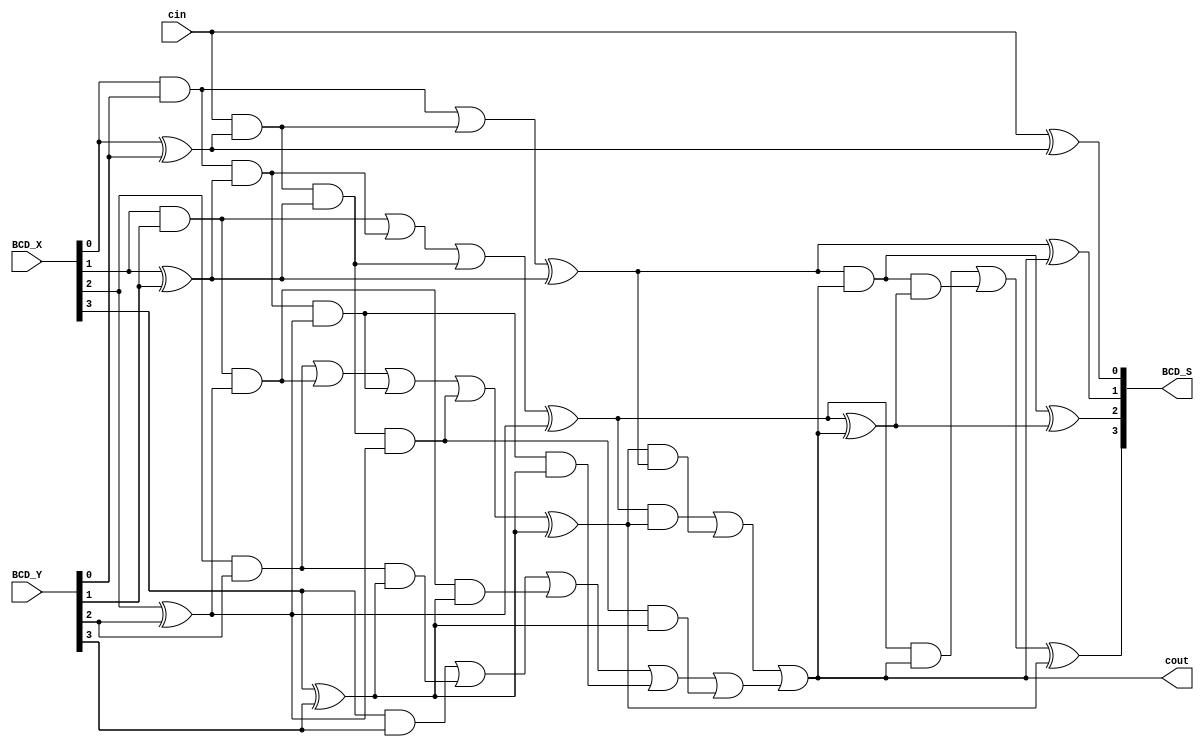
module Lab2_BCD_1digit_add_df (input [3:0] BCD_X, BCD_Y, input cin, output [3:0] BCD_S, output cout);
  
  wire [4:1] C;
  wire [3:0] P;
  wire [3:0] G;
  wire [3:0] S;
  wire cout1;

  assign P[0] = BCD_X[0] ^ BCD_Y[0];
  assign P[1] = BCD_X[1] ^ BCD_Y[1];
  assign P[2] = BCD_X[2] ^ BCD_Y[2];
  assign P[3] = BCD_X[3] ^ BCD_Y[3];

  assign G[0] = BCD_X[0] & BCD_Y[0];
  assign G[1] = BCD_X[1] & BCD_Y[1];
  assign G[2] = BCD_X[2] & BCD_Y[2];
  assign G[3] = BCD_X[3] & BCD_Y[3];

  assign C[1] = G[0] | (cin & P[0]);
  assign C[2] = G[1] | (G[0] & P[1]) | (cin & P[0] & P[1]);
  assign C[3] = G[2] | (G[1] & P[2]) | (G[0] & P[1] & P[2]) | (cin & P[0] & P[1] & P[2]);
  assign C[4] = G[3] | (G[2] & P[3]) | (G[1] & P[2] & P[3]) | (G[0] & P[1] & P[2] & P[3]) | (cin & P[0] & P[1] & P[2] & P[3]);
  
  assign S[0] = cin ^ P[0];
  assign S[1] = C[1] ^ P[1];
  assign S[2] = C[2] ^ P[2];
  assign S[3] = C[3] ^ P[3];
  assign cout = ((S[2] & S[3]) | (S[3] & S[1]) | C[4]);
  
  //CLA2
  wire [4:1] C1;
  wire [3:0] P1;
  wire [3:0] G1;

  assign P1[0] = S[0] ^ 0;
  assign P1[1] = S[1] ^ cout;
  assign P1[2] = S[2] ^ cout;
  assign P1[3] = S[3] ^ 0;

  assign G1[0] = S[0] & 0;
  assign G1[1] = S[1] & cout;
  assign G1[2] = S[2] & cout;
  assign G1[3] = S[3] & 0;

  assign C1[1] = G1[0] | (0 & P1[0]);
  assign C1[2] = G1[1] | (G1[0] & P1[1]) | (0 & P1[0] & P1[1]);
  assign C1[3] = G1[2] | (G1[1] & P1[2]) | (G1[0] & P1[1] & P1[2]) | (0 & P1[0] & P1[1] & P1[2]);
  assign C1[4] = G1[3] | (G1[2] & P1[3]) | (G1[1] & P1[2] & P1[3]) | (G1[0] & P1[1] & P1[2] & P1[3]) | (0 & P1[0] & P1[1] & P1[2] & P1[3]);
  
  assign BCD_S[0] = 0 ^ P1[0];
  assign BCD_S[1] = C1[1] ^ P1[1];
  assign BCD_S[2] = C1[2] ^ P1[2];
  assign BCD_S[3] = C1[3] ^ P1[3];

endmodule